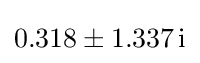
0.318\pm 1.337\,\mathrm {i}